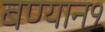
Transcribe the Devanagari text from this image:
बण्यान१